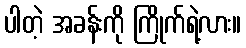
ပါတဲ့ အခန်းကို ကြိုက်ရဲ့လား။